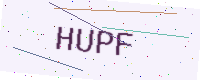
Text: HUPF